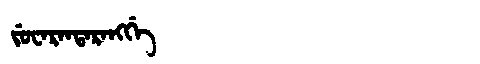
Manchu: ᠵᡠᠸᠠᡵᠠᠨᡨᠠᡵᠠᠩᡤᡝ
Romanization: JUWARANTARANGGE